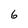
Character: 6